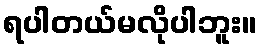
ရပါတယ်မလိုပါဘူး။